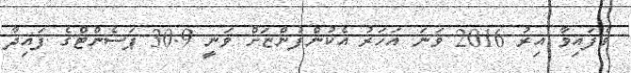
ވެފައިވާ އިރު 2016 ވަނަ އަހަރު އެކުންފުންޏަށް ވަނީ 30.9 ޕަސެންޓްގެ ފައިދާ